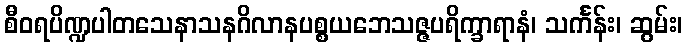
စီဝရပိဏ္ဍပါတသေနာသနဂိလာနပစ္စယဘေသဇ္ဇပရိက္ခာရာနံ၊ သင်္ကန်း၊ ဆွမ်း၊